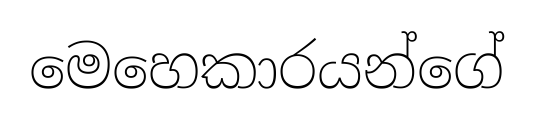
මෙහෙකාරයන්ගේ